Scottish Leaving Certificate Examination, 1956
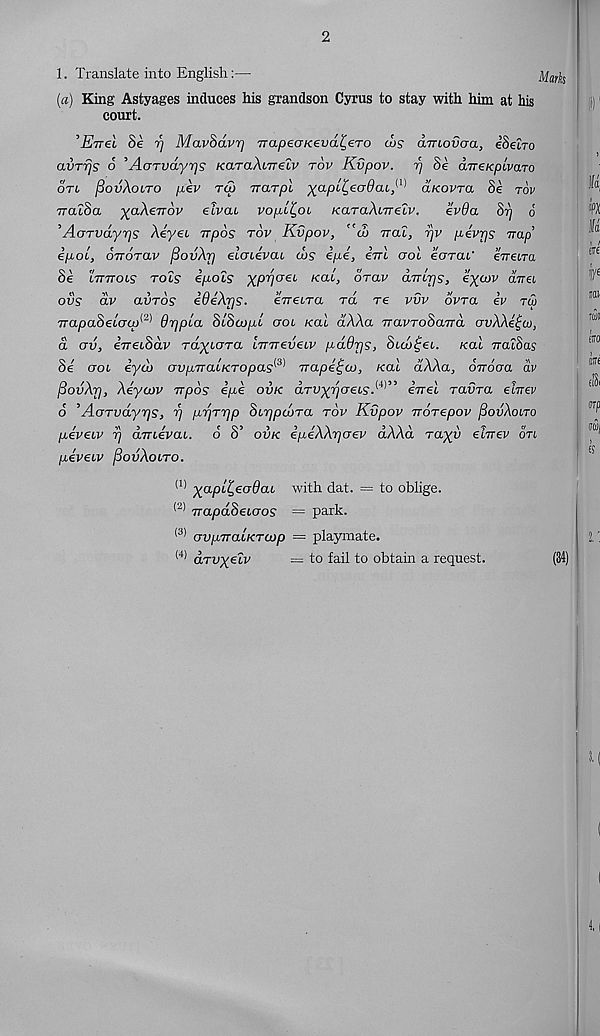
2
1. Translate into English:—
jl^s
[a) King Astyages induces his grandson Cyrus to stay with him at his
court.
’Enel 8e rj MavSdvrj irapecrKevd^eTO cvs dmovaa, e’Seiro
avrfjs d ’AoTvdyr)s /raraAtTretv tov Kvpov. rj Se aTreKpivaro
otl fiovXono pkv rep warp! ^a/3t^eCT@a6, (1) afcovra 8e tov
TratSa xaXeTTov elvcu voplk,ot KaraXmeiv,
evda Srj d
’AoTvdyiqs Aeyet irpos tov Kvpov, ''d> iral, fjv pevrjs Trap
ip-ol, oTrorav fiovXr) elaiivai (l>s ipe, eVt aol eorcu' eTretra
8e lttttois tols ipols xprjoei /rat, oTav dvLrjs, eyoov dVet
ovs dv avros ideXrjs.
eVetra rd re vvv ovra iv tw
7rapaSetcra) (2) Orjpla StSco/xt crot /rat dAAa iravToSaTra ovXXi^co,
d ov, eTreiSdv rct^tara ImreveLV pdOrjS, Stdi^et. /rat naiSas
Se crot eyd> avpiraLKTOpas^ Trape^oo, hcai dAAa, o-rroaa dv
[3ovXr], Xeyaov Trpos ipe ovk dru^crets'. 141 ” eVet ravra ewrev
d ’AaTvdyrjs, r/ prjrrjp 8ir]pd)Ta tov Kvpov iroTepov fiovXono
piveuv fj aTuevat. d 8’ ovk ipeXXrjoev dXXd Tayy ehrev on
peveiv fiovXoLTO.
(1) xapL^eodcu with dat. = to oblige.
(2) TrapdSeioos = park.
(3) ovpTTaLKTCop = playmate.
(4) aTVxeiv
= to fail to obtain a request.
(34)